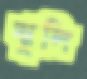
ঝুলি